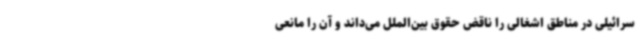
سرائیلی در مناطق اشغالی را ناقض حقوق بین‌الملل می‌داند و آن را مانعی